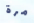
مرة